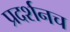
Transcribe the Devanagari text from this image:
प्रदर्शनच